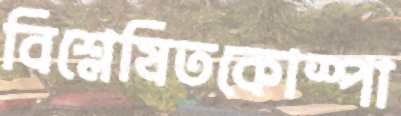
বিশ্লেষিতকোস্পা